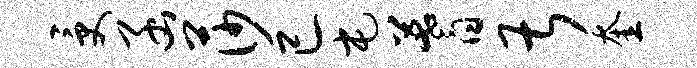
受函莎已屯蓍甚奎